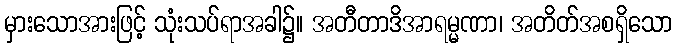
မှားသောအားဖြင့် သုံးသပ်ရာအခါ၌။ အတီတာဒိအာရမ္မဏာ၊ အတိတ်အစရှိသော